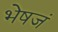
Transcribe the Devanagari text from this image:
भेषजं